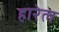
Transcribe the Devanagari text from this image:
हारेल